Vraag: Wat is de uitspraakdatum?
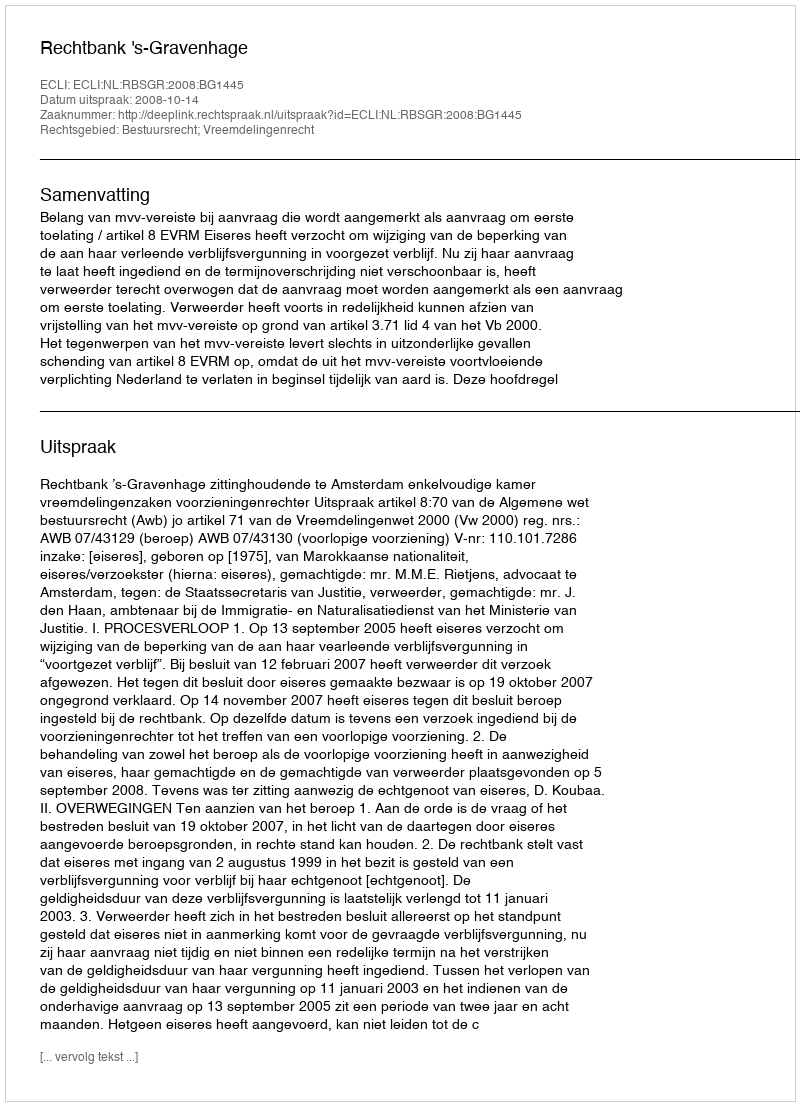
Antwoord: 2008-10-14